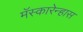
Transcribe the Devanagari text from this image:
मॅस्कारेन्हास